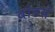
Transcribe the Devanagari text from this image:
वांडर्स